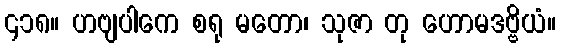
၄၁၈။ ဟဗျပါကေ စရု မတော၊ သုဇာ တု ဟောမဒဗ္ဗိယံ။